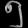
Digit: ၅